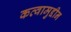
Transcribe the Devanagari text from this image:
कव्वामुद्दीन